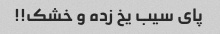
پای سیب یخ زده و خشک!!